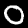
Label: 0